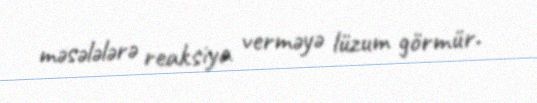
məsələlərə reaksiya verməyə lüzum görmür.